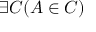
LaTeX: \exists C ( A \in C )